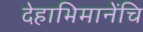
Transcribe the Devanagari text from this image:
देहाभिमानेंचि